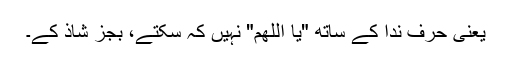
یعنی حرف ندا کے ساتھ "یا اللھم" نہیں کہ سکتے، بجز شاذ کے۔